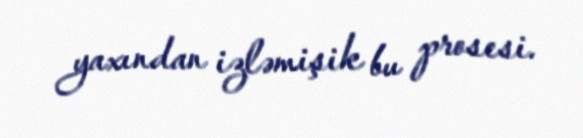
yaxından izləmişik bu prosesi.